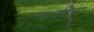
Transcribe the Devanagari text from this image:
हनफ़िया